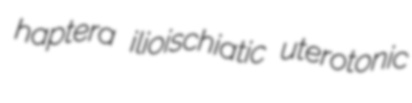
haptera ilioischiatic uterotonic